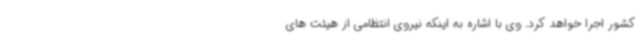
کشور اجرا خواهد کرد. وی با اشاره به اینکه نیروی انتظامی از هیئت های